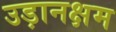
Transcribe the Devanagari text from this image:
उड़ानक्षम